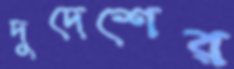
দুদেশের